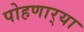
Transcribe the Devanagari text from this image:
पोहणार्‍या